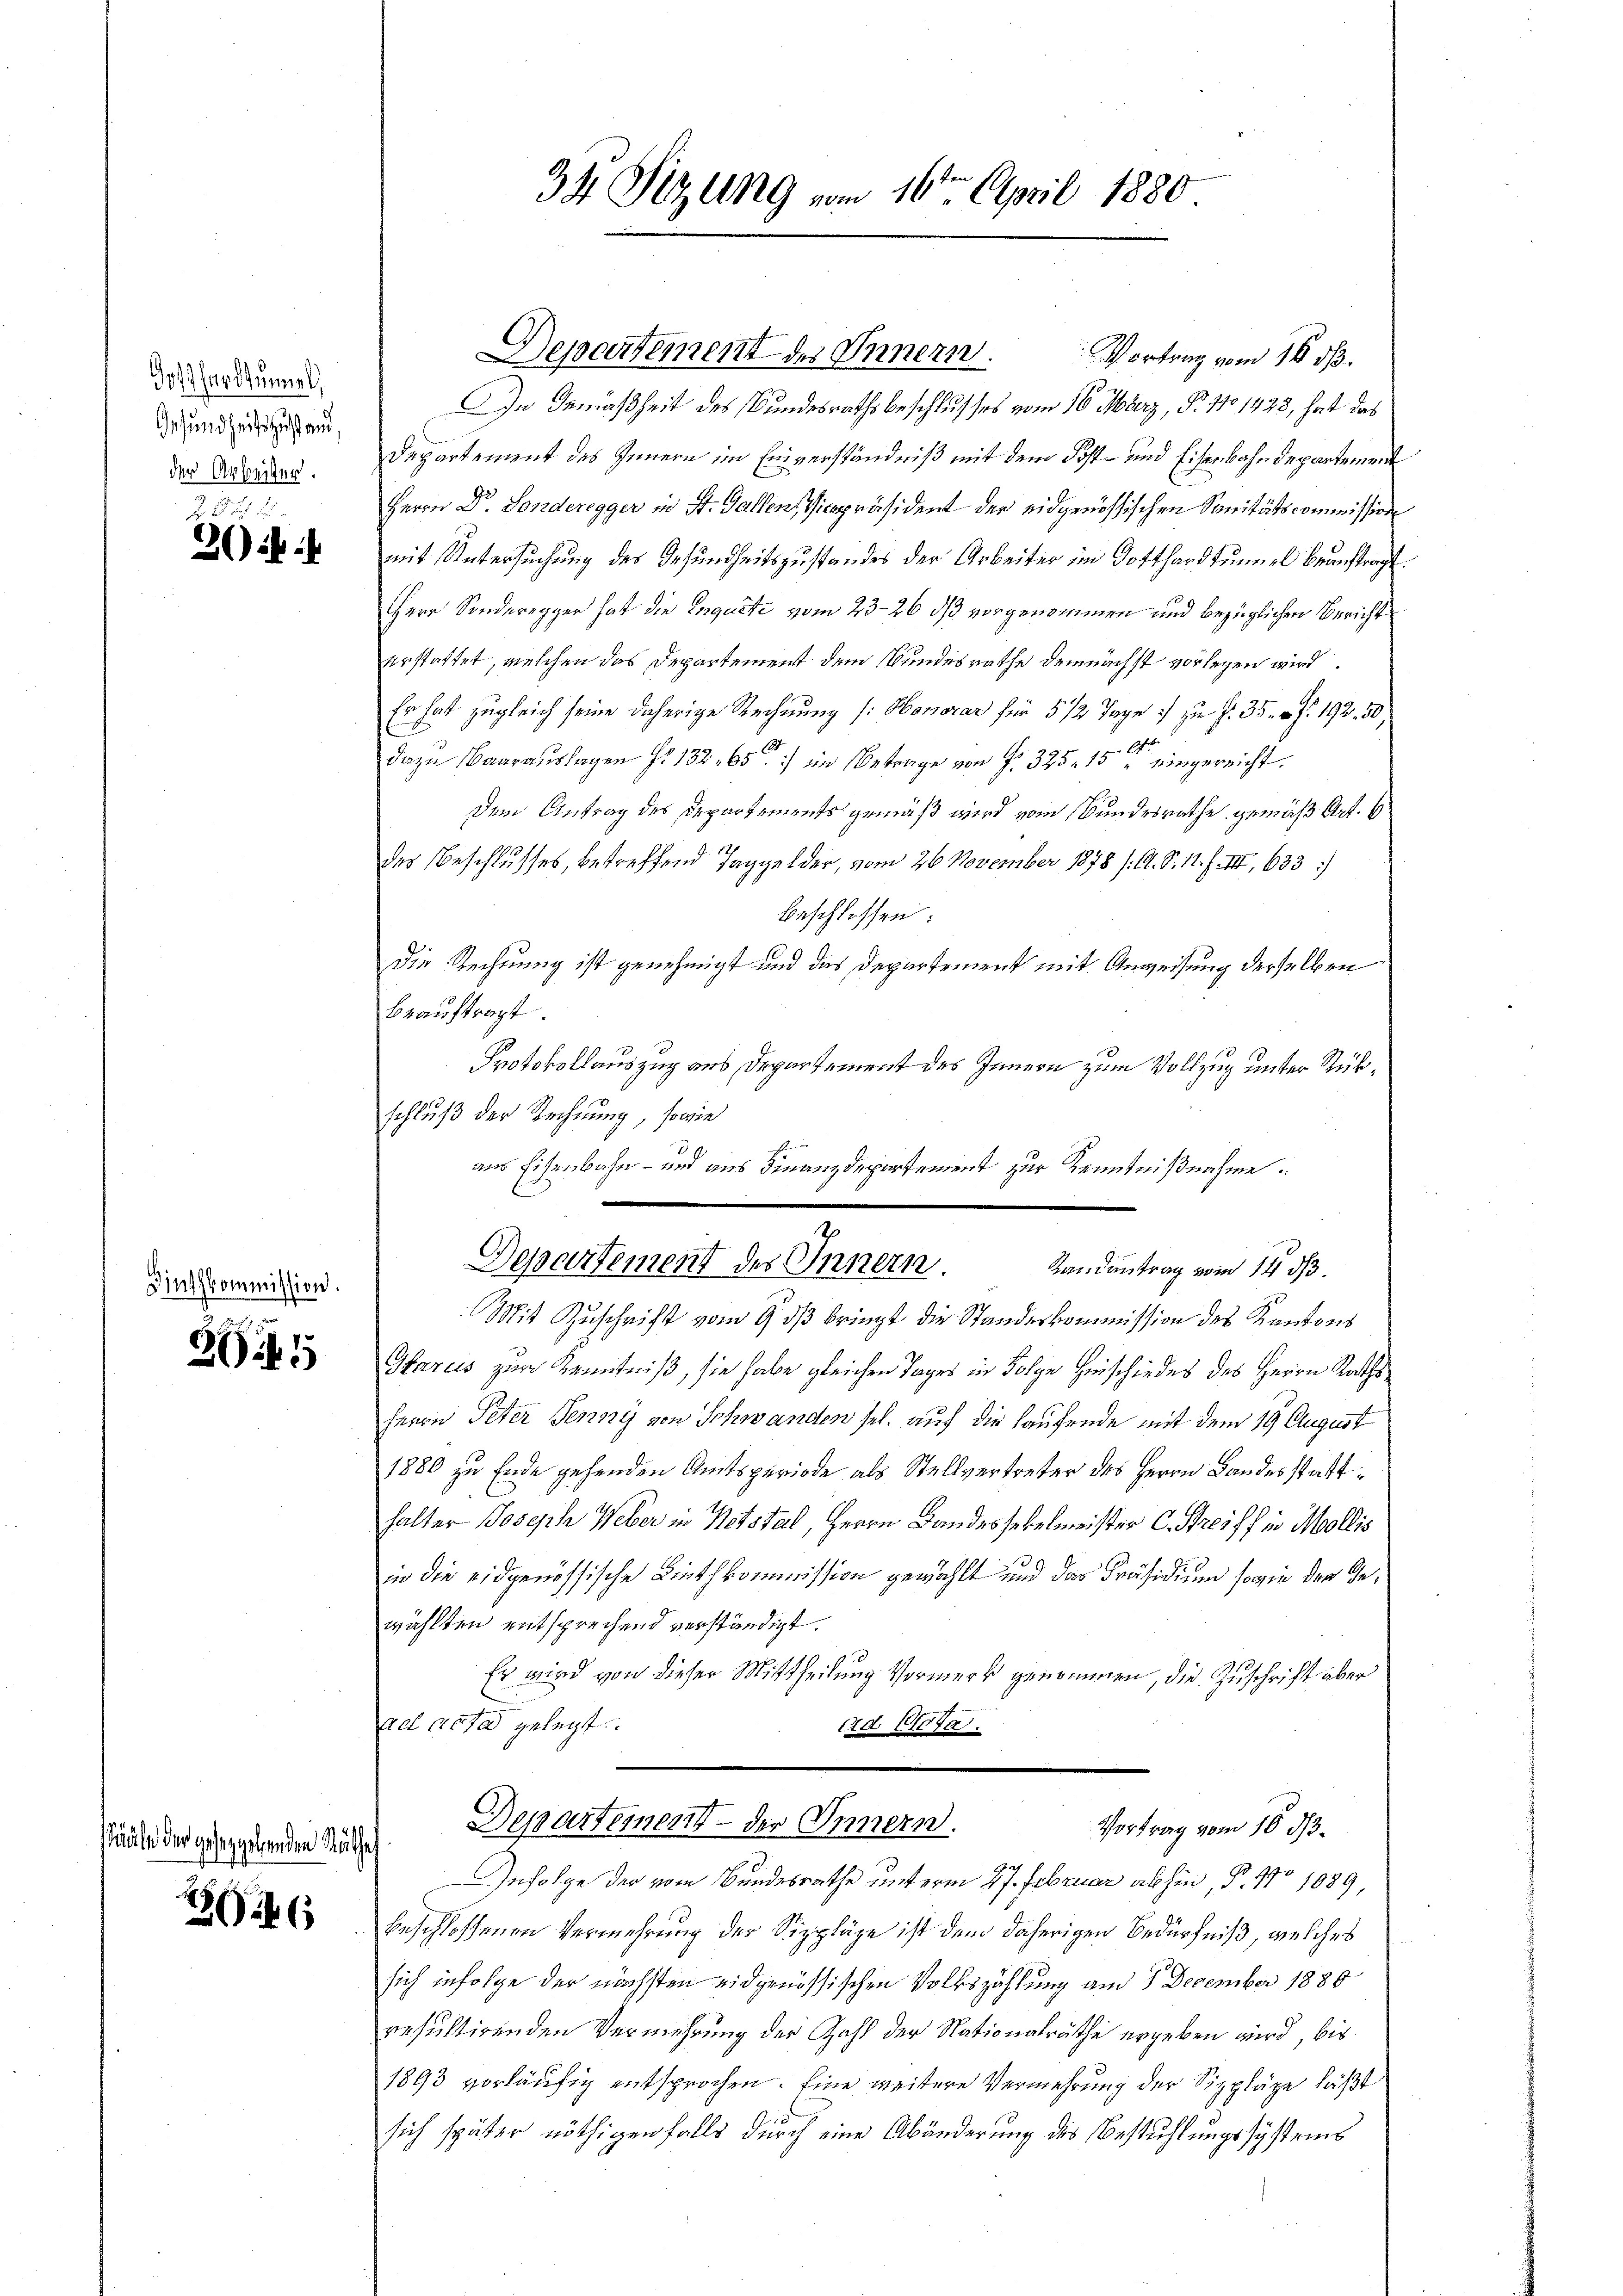
Joßhardtunnel
Gesundheitszustand,
der Arbeiter.

Z 1
30:

Sinthkommission.

364.

sääle der gesetzgebenden Räth

26

34 Sizung vom 16ten April 1880

In Gemäßheit des Bundesrathsbeschlusses vom 16. März, P. 11. 1928, hat das
Departement des Innern im Einverständniß mit dem Post- und Eisenbahndepartement
Herrn Dr. Sonderegger in St. Gallen, Vicepräsident der eidgenössischen Sanitätscommission
mit Untersuchung des Gesundheitszustandes der Arbeiter im Gotthardtunnel beauftragt.
Herr Sonderegger hat die Inquite vom 23. 26 dß vorgenommen und bezüglichen Bericht
erstattet, welchen das Departement dem Bundesrathe demnächst vorlegen wird.
Er hat zugleich seine daherige Rechnung (: Honorar für 5 1/2 Tage :/ zu f. 35 f. 192. 50)
dazu Baarauslagen Fr. 13265) im Betrage von f. 325. 15ten eingereicht.
Dem Antrag des Departements gemäß wird vom Bundesrathe gemäß Art. 6
 12
des Beschlusses, betreffend Taggelder, vom 26. November 1878 /: A. S. 11. f. III 633)
beschlossen:
Die Rechnung ist genehmigt und das Departement mit Anweisung derselben
beauftragt
Protokollauszug aus Departement des Innern zum Vollzug unter Rükschluß der Rechnung, sowie
aus Eisenbahn- und aus Finanzdepartement zur Kenntnißnahme.
Mit Zuschrift vom 9. dß bringt die Standeskommission des Kantons
Glarus zur Kenntniß, sie habe gleichen Tages in Folge Hinschiedes des Herrn Raths¬
Herrn Peter Jenny von Schwanden sel. auf die laufende mit dem 19 August
1880 zu Ende gehenden Amtsperiode als Stellvertreter des Herrn Landesstatthalter Joseph Weber in Notstal, Herrn Bandessekelmeister C. Streiff in Mollis
in die eidgenössische Linthkommission gewählt und das Präsidium sowie den Gewählten entsprechend verständigt.
Es wird von dieser Mittheilung Vormerk genommen, die Zuschrift aber
aet acta gelegt
ed. 107a.
Departement der Innern.
Vortrag vom 10. d.
¬
Infolge der vom Bundesrathe unterm 27. Februar abhin, P. No 1089,
beschlossenen Vermehrung der Sippläge ist dem daherigen Bedürfniß, welches
sich infolge der nächsten eidgenössischen Volkszählung am 1. December 1880
resultirenden Vermehrung der Zahl der Nationalräthe ergeben wird, bis
1893 vorläufig entsprochen. Eine weitere Vermehrung der Sizpläge läßt
sich später nöthigen falls durch eine Abänderung des Bestuhlungssysteins

Departement des Innern. Vortrag vom 18. ds.

Departement des Innern.
Landantrag vom 14 d.